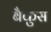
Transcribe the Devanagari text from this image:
बैकुस